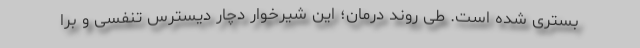
بستری شده است. طی روند درمان؛ این شیرخوار دچار دیسترس تنفسی و برا